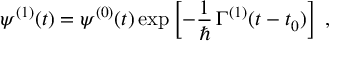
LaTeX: \psi ^ { ( 1 ) } ( t ) = \psi ^ { ( 0 ) } ( t ) \exp \left[ - \frac { 1 } { \hbar } \, \Gamma ^ { ( 1 ) } ( t - t _ { 0 } ) \right] \; ,